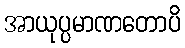
အာယုပ္ပမာဏတောပိ